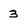
Character: 3